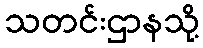
သတင်းဌာနသို့